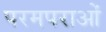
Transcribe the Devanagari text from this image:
परमपराओं